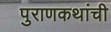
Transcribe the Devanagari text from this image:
पुराणकथांची